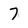
Character: 7